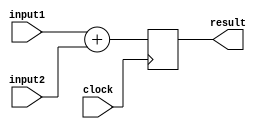
`timescale 1ns / 1ps
//////////////////////////////////////////////////////////////////////////////////
// Company: 
// Engineer: 
// 
// Design Name: 
// Module Name:    Adder 
// Project Name: 
// Target Devices: 
// Tool versions: 
// Description: 
//
// Dependencies: 
//
// Revision: 
// Revision 0.01 - File Created
// Additional Comments: 
//
//////////////////////////////////////////////////////////////////////////////////
module Adder(
	 input clock,
    input [31:0] input1,
    input [31:0] input2,
    output reg [31:0] result
    );
always @ (negedge clock)
 result = input1 + input2;

endmodule